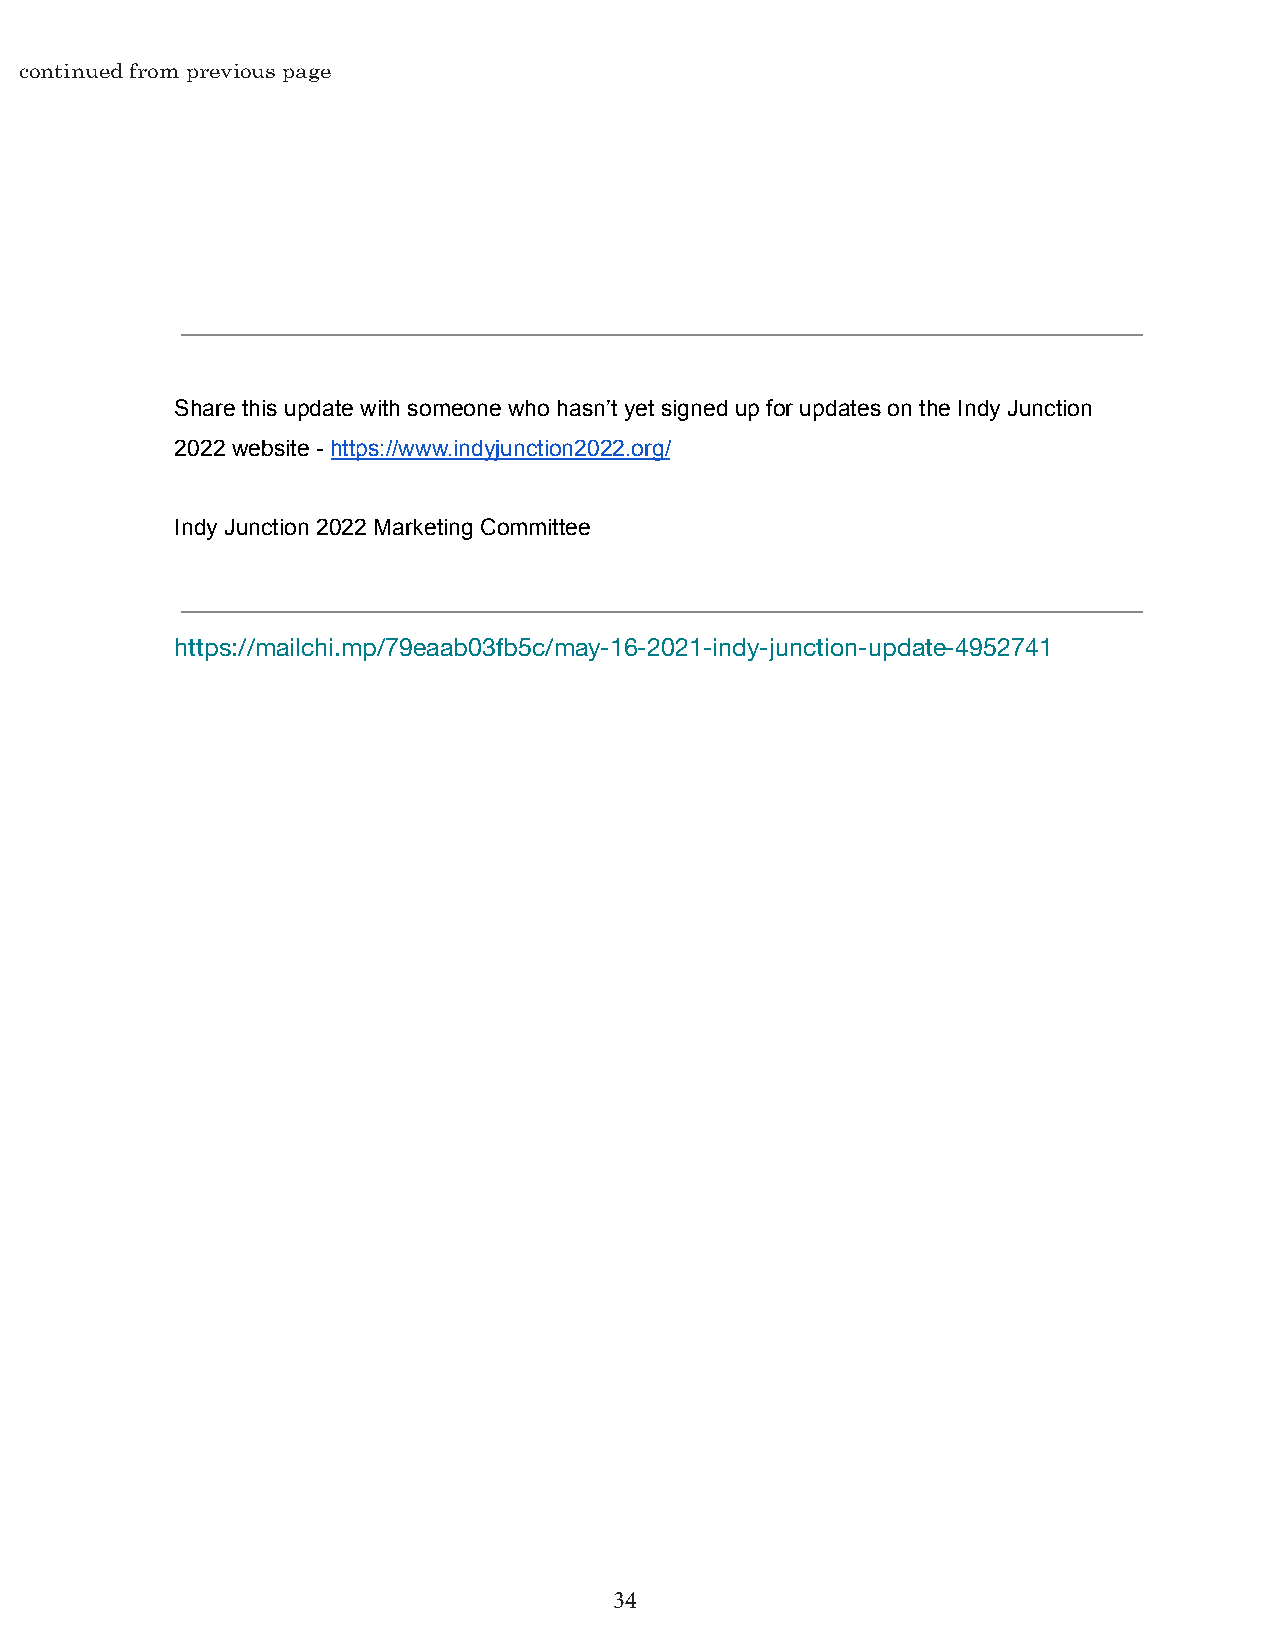
continued from previous page
 Share this update with someone who hasn’t yet signedup for updates on the Indy Junction
 2022 website - https://www.indyjunction2022.org/
 Indy Junction 2022 Marketing Committee
 https://mailchi.mp/79eaab03fb5c/may-16-2021-indy-junction-update-4952741
 34